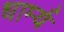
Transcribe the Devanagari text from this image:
धार्म्य